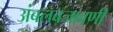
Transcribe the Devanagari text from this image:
अंबलबजावणी